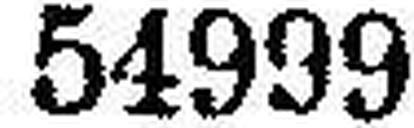
54999